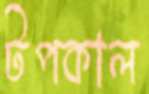
টপকাল